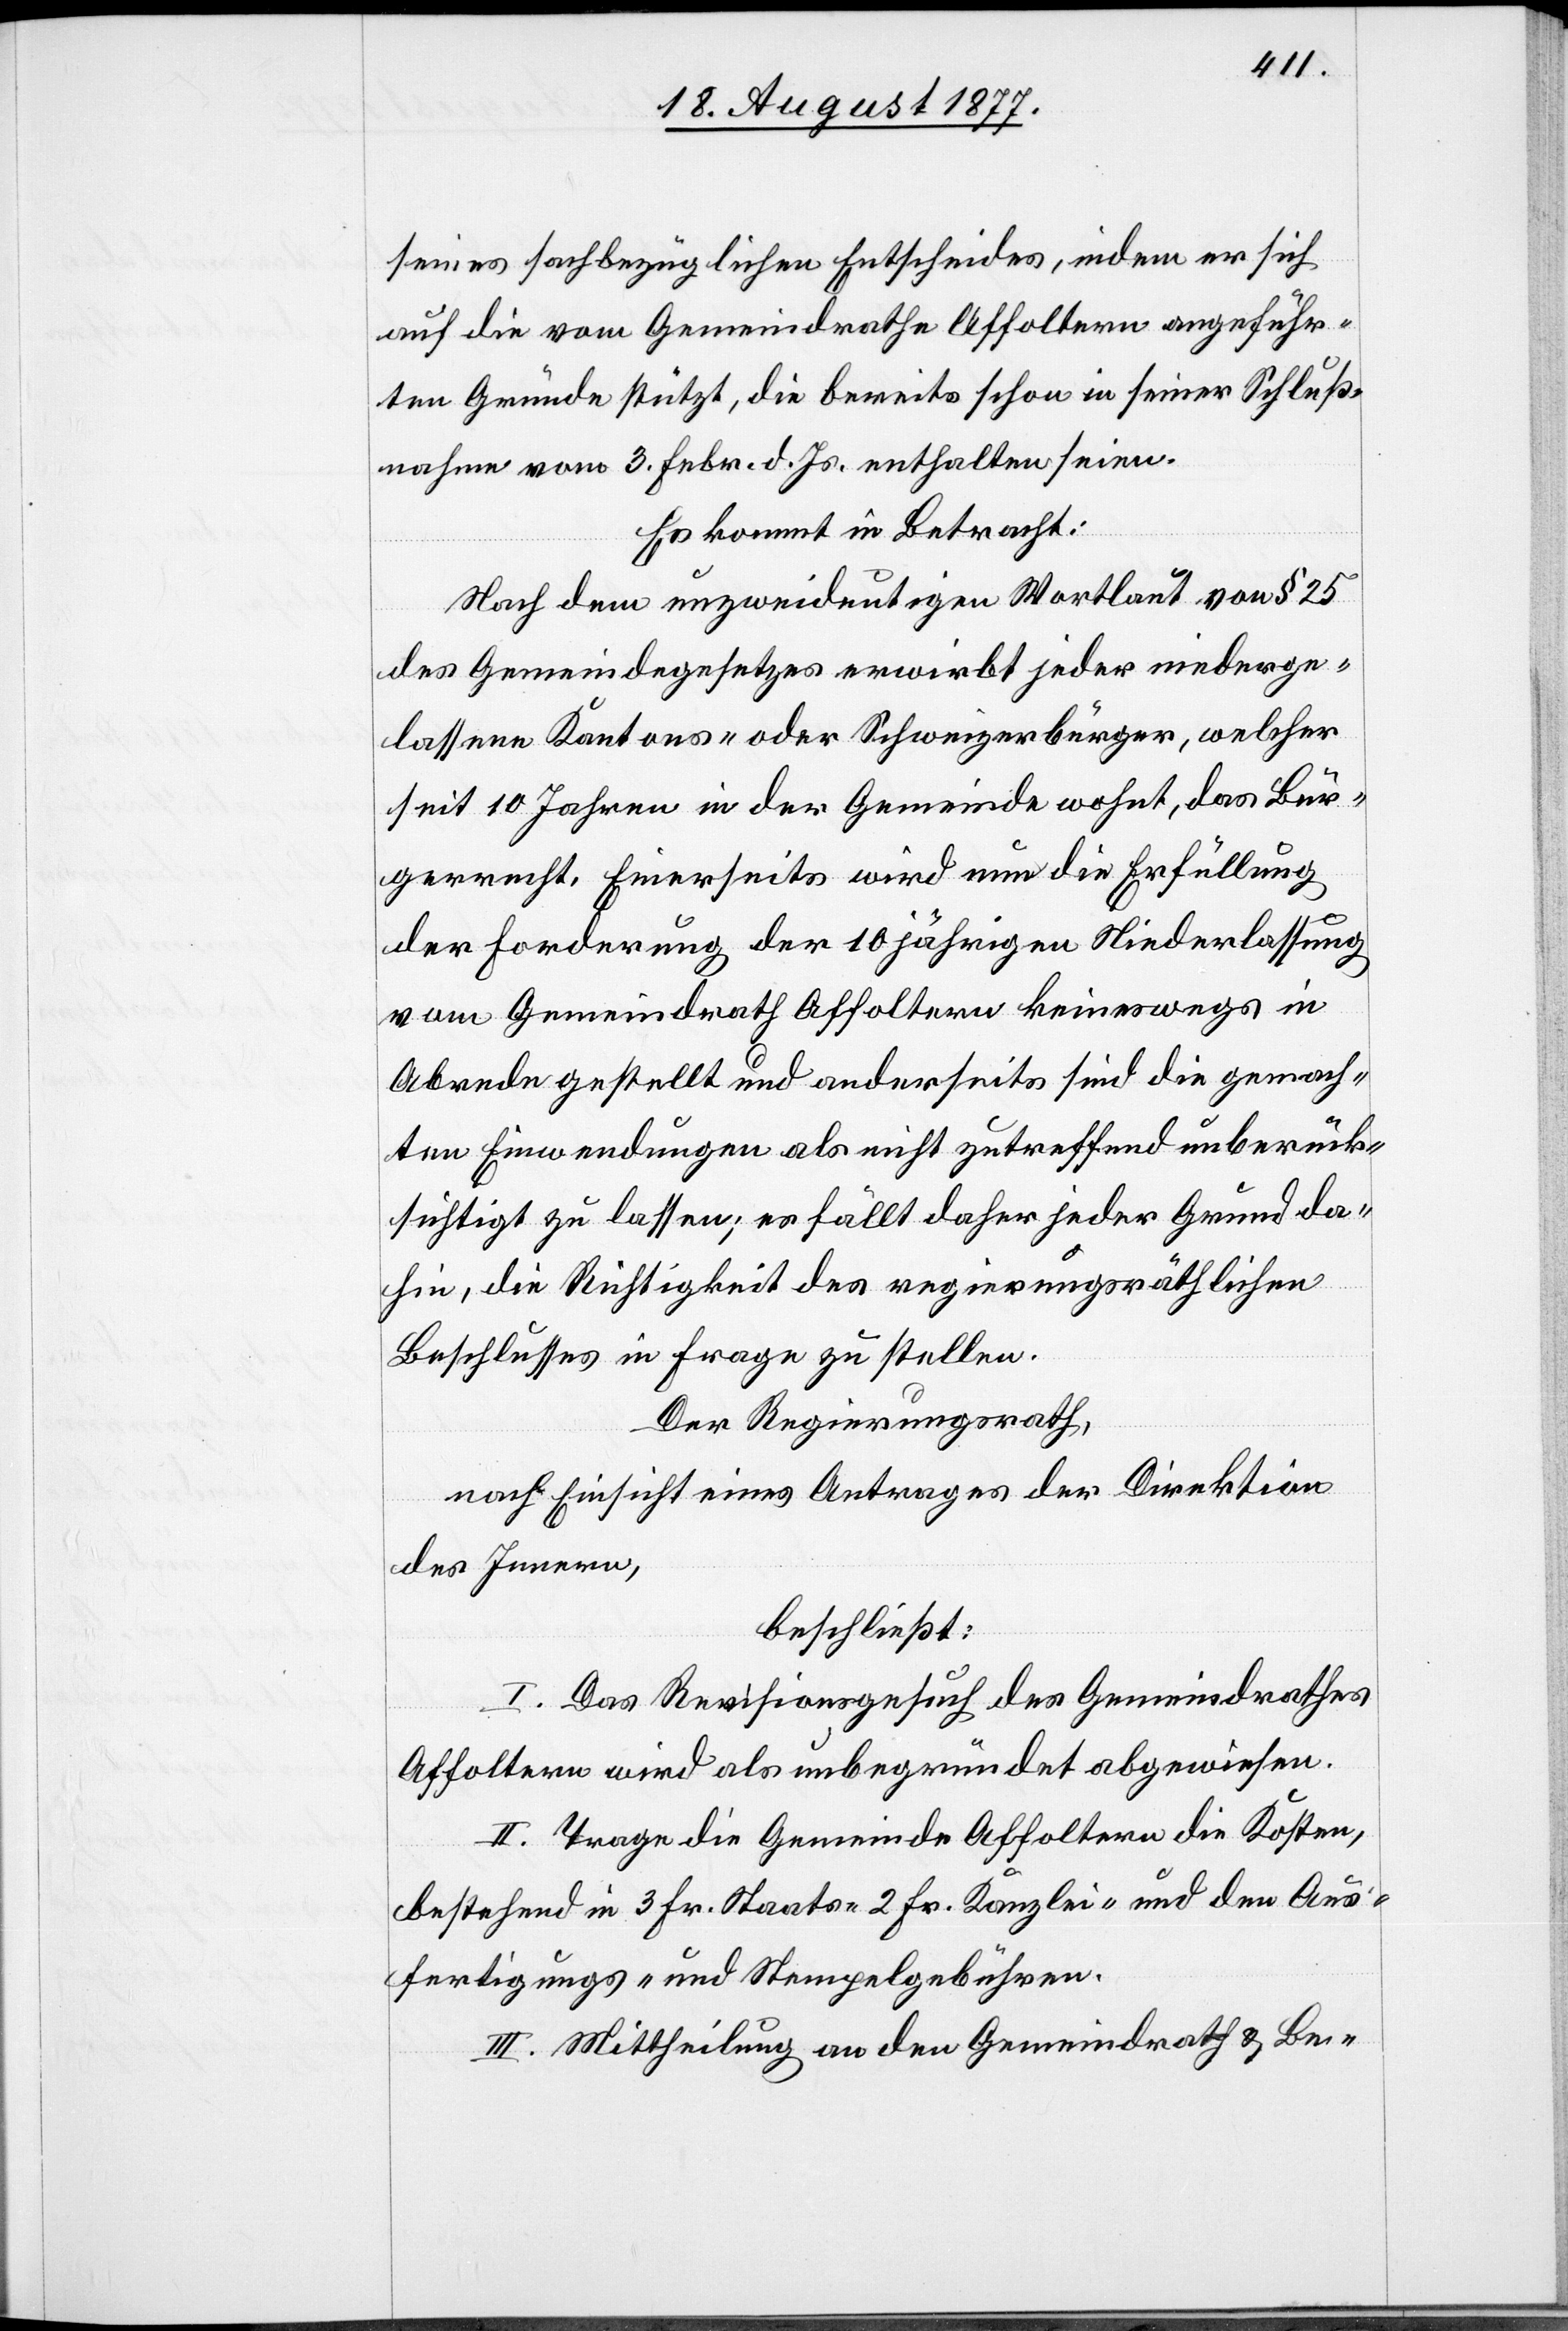
seines sachbezüglichen Entscheides, indem er sich
auf die vom Gemeindrathe Affoltern angeführ¬
ten Gründe stützt, die bereits schon in seiner Schluß¬
nahme vom 3. Febr. d. Js. enthalten seien.
Es kommt in Betracht:
Nach dem unzweideutigen Wortlaut von § 25
des Gemeindegesetzes erwirbt jeder niederge¬
lassene Kantons- oder Schweizerbürger, welcher
seit 10 Jahren in der Gemeinde wohnt, das Bür¬
gerrecht. Einerseits wird nun die Erfüllung
der Forderung der 10 jährigen Niederlassung
vom Gemeindrath Affoltern keineswegs in
Abrede gestellt und anderseits sind die gemach¬
ten Einwendungen als nicht zutreffend unberück¬
sichtigt zu lassen; es fällt daher jeder Grund da¬
hin, die Richtigkeit des regierungsräthlichen
Beschlusses in Frage zu stellen.
Der Regierungsrath,
nach Einsicht eines Antrages der Direktion
des Innern,
beschließt:
I. Das Revisionsgesuch des Gemeindrathes
Affoltern wird als unbegründet abgewiesen.
II. Trage die Gemeinde Affoltern die Kosten,
bestehend in 3 Fr. Staats-[,] 2 Fr. Kanzlei- und den Aus¬
fertigungs- und Stempelgebühren.
III. Mittheilung an den Gemeindrath & Be-